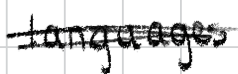
Text: languages
Cross-out: scratch
Writing tool: digital_black